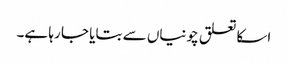
اسکا تعلق چونیاں سے بتایا جا رہا ہے۔